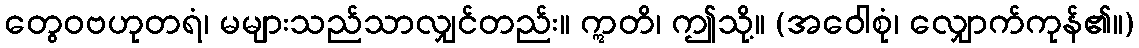
တွေဝဗဟုတရံ၊ မများသည်သာလျှင်တည်း။ ဣတိ၊ ဤသို့။ (အဝေါစုံ၊ လျှောက်ကုန်၏။)